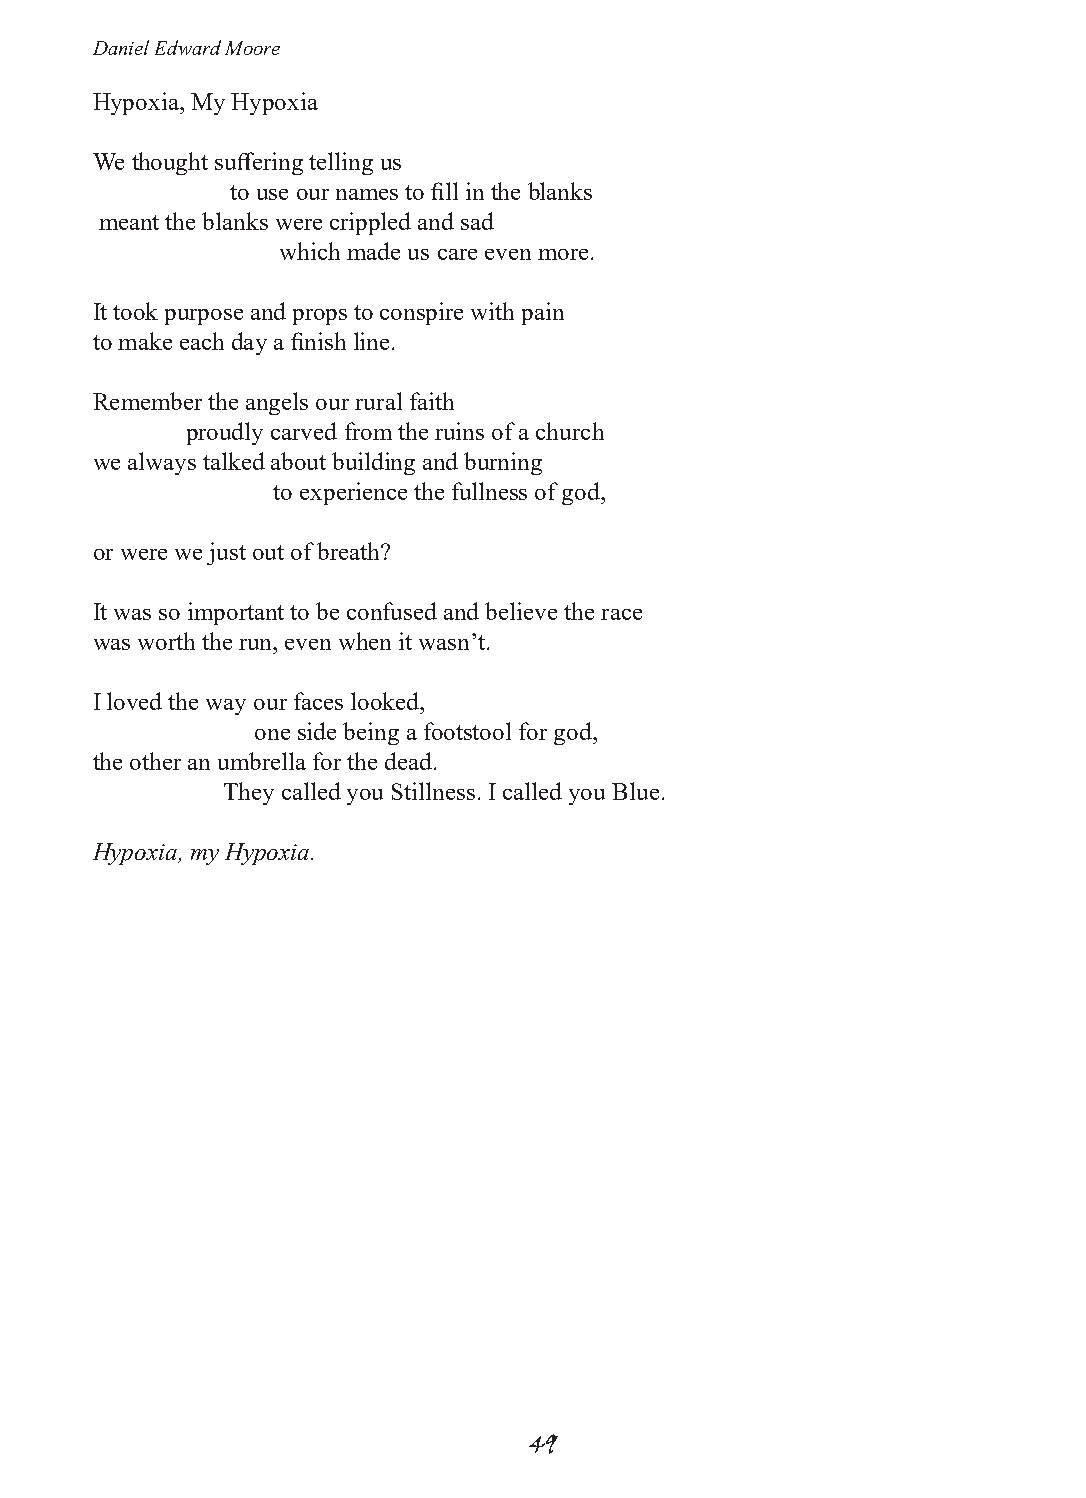
Daniel Edward Moore
 Hypoxia, My Hypoxia
 We thought suffering telling us
 to use our names to fill in the blanks
 meant the blanks were crippled and sad
 which made us care even more.
 It took purpose and props to conspire with pain
 to make each day a finish line.
 Remember the angels our rural faith
 proudly carved from the ruins of a church
 we always talked about building and burning
 to experience the fullness of god,
 or were we just out of breath?
 It was so important to be confused and believe the race
 was worth the run, even when it wasn’t.
 I loved the way our faces looked,
 one side being a footstool for god,
 the other an umbrella for the dead.
 They called you Stillness. I called you Blue.
 Hypoxia, my Hypoxia.
 49